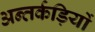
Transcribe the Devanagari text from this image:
अन्तर्कड़ियों